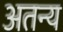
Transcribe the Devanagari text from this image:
अतन्य